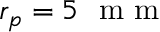
r _ { p } = 5 ~ \mathrm { ~ m ~ m ~ }